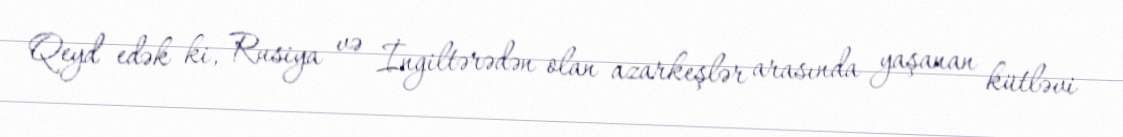
Qeyd edək ki, Rusiya və İngiltərədən olan azarkeşlər arasında yaşanan kütləvi